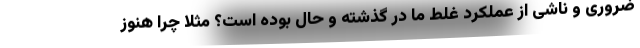
ضروری و ناشی از عملکرد غلط ما در گذشته و حال بوده است؟ مثلاً چرا هنوز